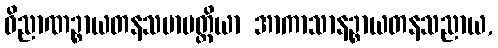
ဝိညာဏဉ္စာယတနသမာပတ္တိယာ အာကာသာနဉ္စာယတနသညာယ,